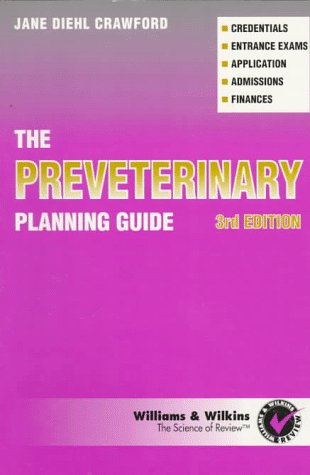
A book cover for The Preveterinary Planning Guide; Jane Diehl Crawford; Test Preparation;